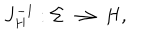
J _ { H } ^ { - 1 } : \Sigma \longrightarrow H ,